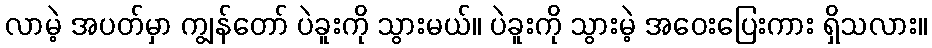
လာမဲ့ အပတ်မှာ ကျွန်တော် ပဲခူးကို သွားမယ်။ ပဲခူးကို သွားမဲ့ အဝေးပြေးကား ရှိသလား။